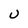
Character: U